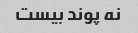
نه پوند بیست